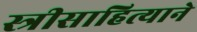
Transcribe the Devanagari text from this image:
स्त्रीसाहित्याने